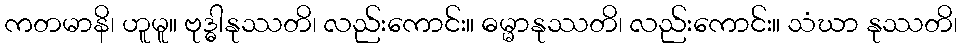
ကတမာနိ၊ ဟူမူ။ ဗုဒ္ဓါနုဿတိ၊ လည်းကောင်း။ ဓမ္မာနုဿတိ၊ လည်းကောင်း။ သံဃာ နုဿတိ၊